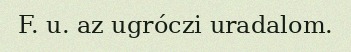
F. u. az ugróczi uradalom.